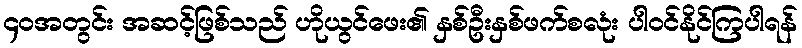
၄၀အတွင်း အဆင့်ဖြစ်သည် ဟိုယွင်ဖေး၏ နှစ်ဦးနှစ်ဖက်စလုံး ပါဝင်နိုင်ကြပါရန်